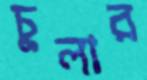
চুলার